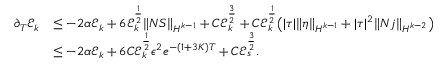
\begin{array} { r l } { \partial _ { T } \mathcal { E } _ { k } } & { \leq - 2 \alpha \mathcal { E } _ { k } + 6 \mathcal { E } _ { k } ^ { \frac { 1 } { 2 } } \| N S \| _ { H ^ { k - 1 } } + C \mathcal { E } _ { k } ^ { \frac { 3 } { 2 } } + C \mathcal { E } _ { k } ^ { \frac { 1 } { 2 } } \big ( | \tau | \| \eta \| _ { H ^ { k - 1 } } + | \tau | ^ { 2 } \| N j \| _ { H ^ { k - 2 } } \big ) } \\ & { \leq - 2 \alpha \mathcal { E } _ { k } + 6 C \mathcal { E } _ { k } ^ { \frac { 1 } { 2 } } \epsilon ^ { 2 } e ^ { - ( 1 + 3 K ) T } + C \mathcal { E } _ { s } ^ { \frac { 3 } { 2 } } . } \end{array}